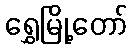
ရွှေမြို့တော်